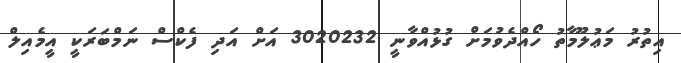
އިތުރު މަޢުލޫމާތު ހޯއްދެވުމަށް ގުޅުއްވާނީ 3020232 އަށް އަދި ފެކްސް ނަމްބަރަކީ އީމެއިލް